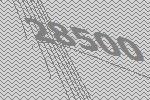
28500